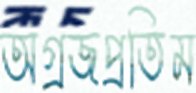
অগ্রজপ্রতিম